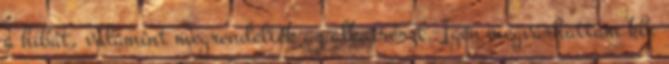
a hibát, valamint megrendelték az alkatrészt. Igen megvárhattam kb.